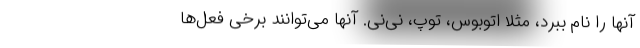
آنها را نام ببرد، مثلاً اتوبوس، توپ، نی‌نی. آنها می‌توانند برخی فعل‌ها